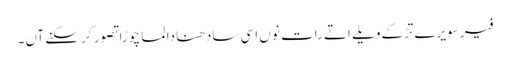
فیر سویرے تڑکے ویلے اتے رات نوں اسی سادھنا دا لما چوڑا تصور کر سکنے آں۔